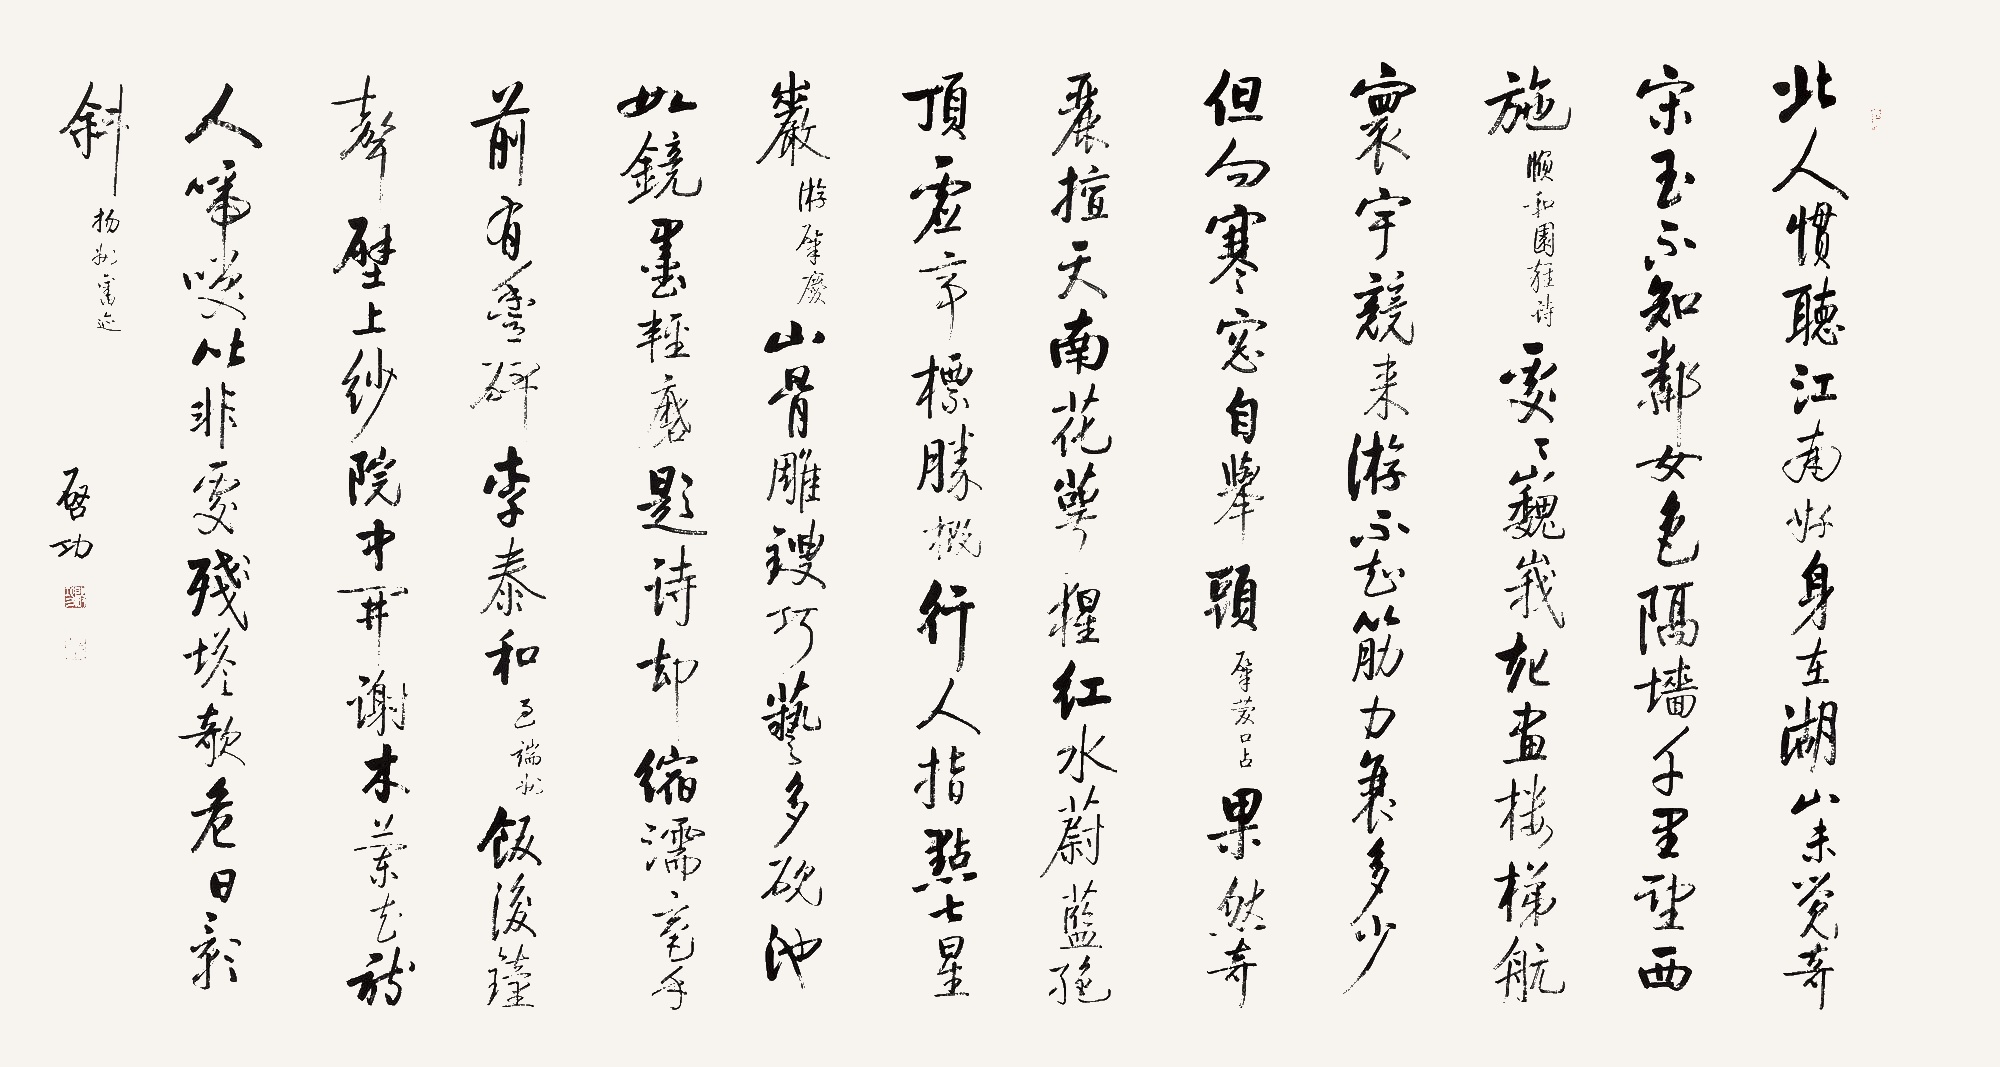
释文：北人惯听江南好，身在湖山未觉奇。宋玉不知邻女色，隔墙千里望西施。颐和园杂诗。处处巍峨起画楼，梯航寰宇竞来游。不知筋力衰多少，但向寒窗自举头。肇庆口占。果然奇丽擅天南，花萼猩红水蔚蓝。绝顶虚亭标胜概，行人指点七星岩。游肇庆。山骨雕锼巧艺多，砚池如镜墨轻磨。题诗却缩濡毫手，前有丰碑李泰和。过端州。饭后钟声壁上纱，院中开谢木兰花。诗人啼笑皆非处，残塔欹危日影斜。扬州旧迹。启功。